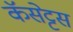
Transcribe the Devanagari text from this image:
कॅसेट्टस